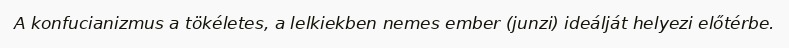
A konfucianizmus a tökéletes, a lelkiekben nemes ember (junzi) ideálját helyezi előtérbe.